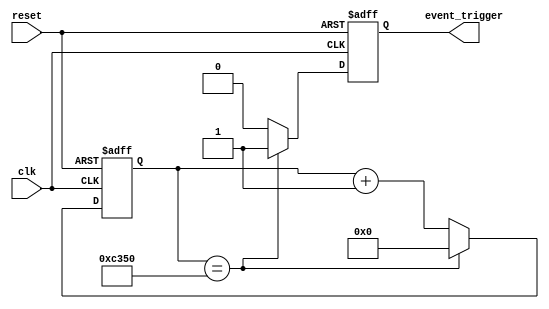
module event_timer (
    input wire clk,                 // Clock signal
    input wire reset,               // Reset signal
    output reg event_trigger       // Event trigger output signal
);

reg [31:0] counter;                // 32-bit counter for measuring time intervals

always @(posedge clk or posedge reset) begin
    if (reset) begin
        counter <= 0;              // Reset counter
        event_trigger <= 0;        // Reset event trigger signal
    end else begin
        counter <= counter + 1;    // Increment counter
        if (counter == 50000) begin // Trigger event every 50000 clock cycles
            event_trigger <= 1;     // Set event trigger signal
            counter <= 0;           // Reset counter
        end else begin
            event_trigger <= 0;     // Reset event trigger signal
        end
    end
end

endmodule